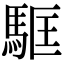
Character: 𩢼